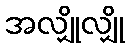
အလျှိုလျှို